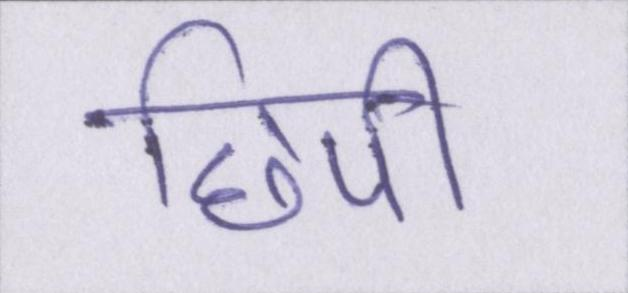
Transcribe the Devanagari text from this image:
छिपी